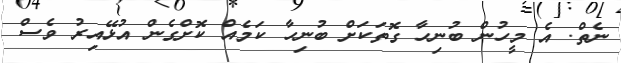
ނެތް. އެ މީހުން ބުނިހާ ގޮތަކަށް ބުނިހާ ކަމެއް ކޮށްގެން އުޅޭއިރު ވެސް